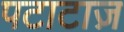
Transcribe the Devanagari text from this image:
पटाटाज़